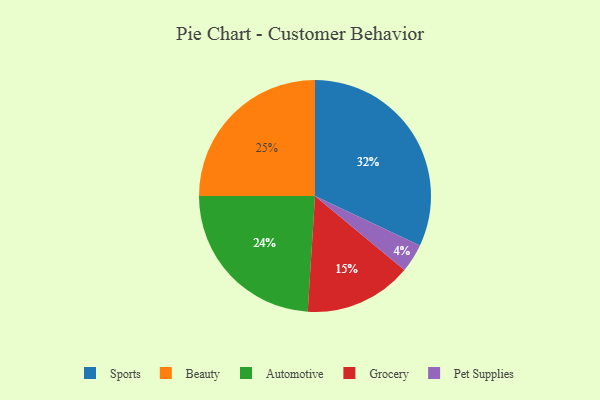
{"axis": {"x": "Category", "y": "Percentage"}, "legend": ["Automotive", "Beauty", "Grocery", "Pet Supplies", "Sports"], "data": [{"x": "Grocery", "y": 15, "type": "Grocery"}, {"x": "Pet Supplies", "y": 4, "type": "Pet Supplies"}, {"x": "Beauty", "y": 25, "type": "Beauty"}, {"x": "Sports", "y": 32, "type": "Sports"}, {"x": "Automotive", "y": 24, "type": "Automotive"}]}